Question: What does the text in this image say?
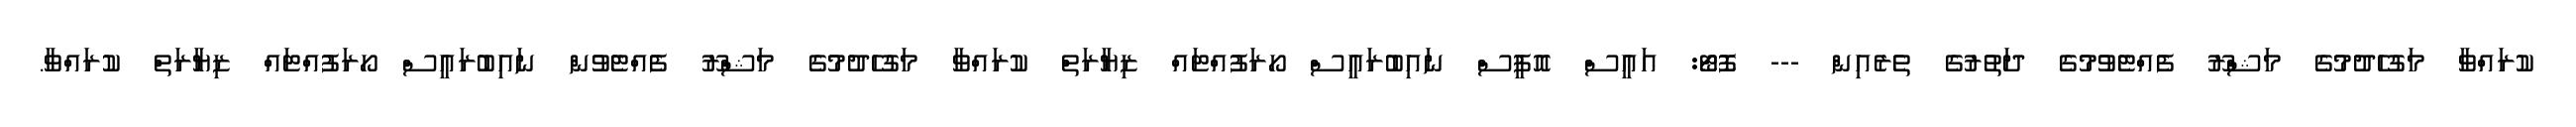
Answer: ކުރައްވާ މަގުހެދުމުގެ މަޝްރޫ ފެއްޓެވުމުގެ ދަތުރުގެ ތެރެއިން --- ފޮޓޯ: އައީސް އޮފީސް ނައިބުރައީސް ހޯރަފުއްޓައް ޒިޔާރަތް ކުރައްވާ މަގުހެދުމުގެ މަޝްރޫ ފެއްޓެވުން ނައިބުރައީސް ހޯރަފުއްޓައް ޒިޔާރަތް ކުރައްވާ.